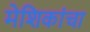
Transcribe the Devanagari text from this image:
मेशिकांचा